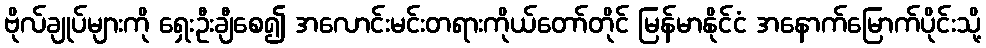
ဗိုလ်ချုပ်များကို ရှေးဦးချီစေ၍ အလောင်းမင်းတရားကိုယ်တော်တိုင် မြန်မာနိုင်ငံ အနောက်မြောက်ပိုင်းသို့